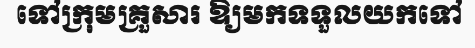
ទៅក្រុមគ្រួសារ ឱ្យមកទទួលយកទៅ